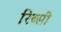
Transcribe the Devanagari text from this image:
रिब्सी